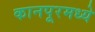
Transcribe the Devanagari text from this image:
कानपूरमध्ये